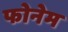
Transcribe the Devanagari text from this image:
फोनेम